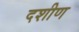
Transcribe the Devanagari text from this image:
दशीण